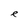
Character: e